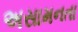
અસામનતા